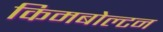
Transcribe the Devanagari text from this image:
किमबोल्टन